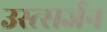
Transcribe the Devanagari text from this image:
उस्त्सर्जन